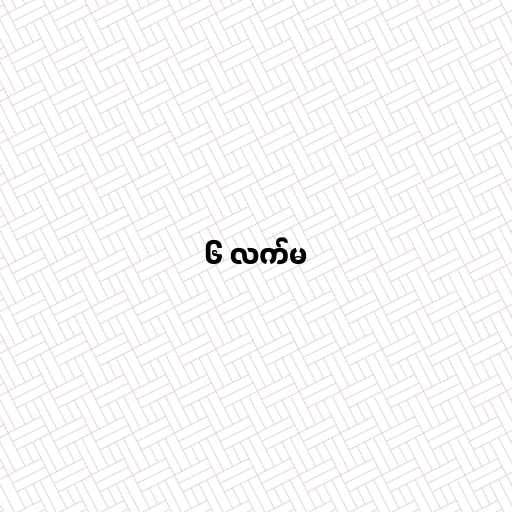
၆ လက်မ